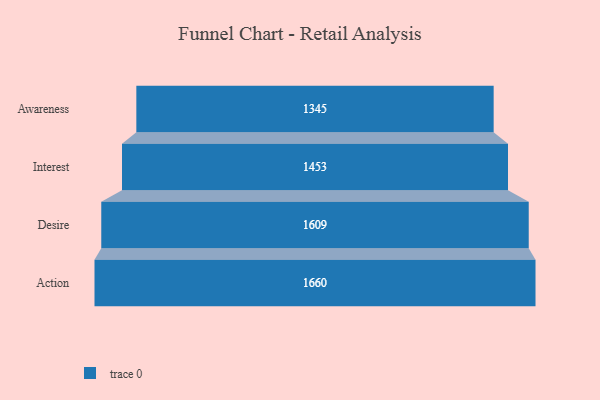
{"axis": {"x": "Stage", "y": "Value"}, "legend": [""], "data": [{"x": "Awareness", "y": 1345.0, "type": ""}, {"x": "Interest", "y": 1453.0, "type": ""}, {"x": "Desire", "y": 1609.0, "type": ""}, {"x": "Action", "y": 1660.0, "type": ""}]}